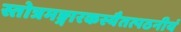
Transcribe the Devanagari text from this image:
स्तोत्रमङ्गारकस्यैतत्पठनीयं